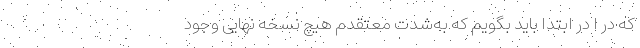
که در ا در ابتدا باید بگویم که به‌شدت معتقدم هیچ نسخه نهایی وجود